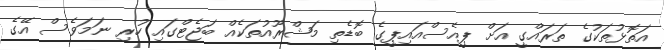
އަތޮޅުތަކުގެ ތަރައްގީ އަށް ޕީއެސްއައިޕީގެ ބޮޑެތި މަޝްރޫއުތަކެއް ބަޖެޓްގައި ހުރި ނަމަވެސް އޭގެ